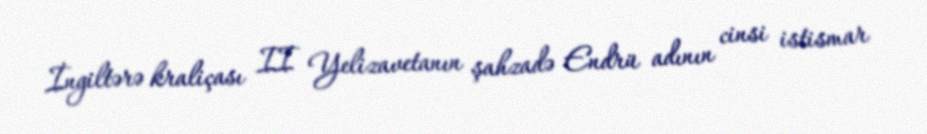
İngiltərə kraliçası II Yelizavetanın şahzadə Endrü adının cinsi istismar